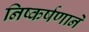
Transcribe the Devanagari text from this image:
निष्कर्षणाने